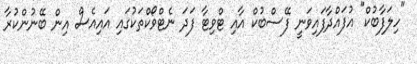
"ހިލަފާބުކް" އުފައްދާފައިވަނީ ފޭސްބުކް އާއި ޓްވިޓާ ފަދަ ނެޓްވޯކްތަކުގައި އައިއެސް އިން ބޭނުންކުރާ